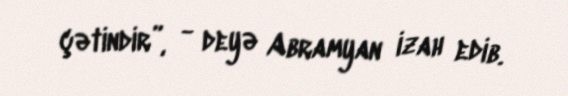
çətindir”, - deyə Abramyan izah edib.